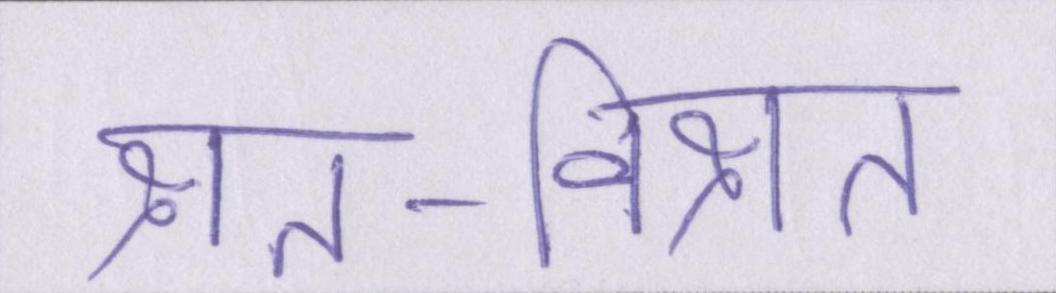
क्षत-विक्षत